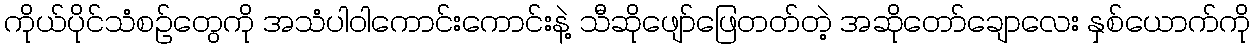
ကိုယ်ပိုင်သံစဉ်တွေကို အသံပါဝါကောင်းကောင်းနဲ့ သီဆိုဖျော်ဖြေတတ်တဲ့ အဆိုတော်ချောလေး နှစ်ယောက်ကို